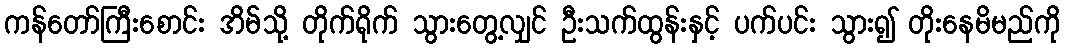
ကန်တော်ကြီးစောင်း အိမ်သို့ တိုက်ရိုက် သွားတွေ့လျှင် ဦးသက်ထွန်းနှင့် ပက်ပင်း သွား၍ တိုးနေမိမည်ကို